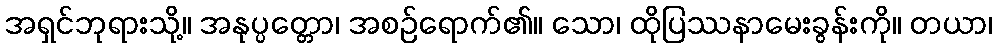
အရှင်ဘုရားသို့။ အနုပ္ပတ္တော၊ အစဉ်ရောက်၏။ သော၊ ထိုပြဿနာမေးခွန်းကို။ တယာ၊